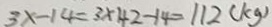
3 x - 1 4 = 3 \times 4 2 - 1 4 = 1 1 2 ( k g )